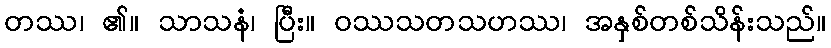
တဿ၊ ၏။ သာသနံ၊ ပြီး။ ဝဿသတသဟဿ၊ အနှစ်တစ်သိန်းသည်။